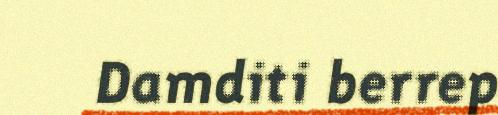
Damditi berrep